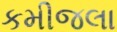
કમીજલા